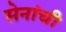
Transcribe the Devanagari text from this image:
सेनांची